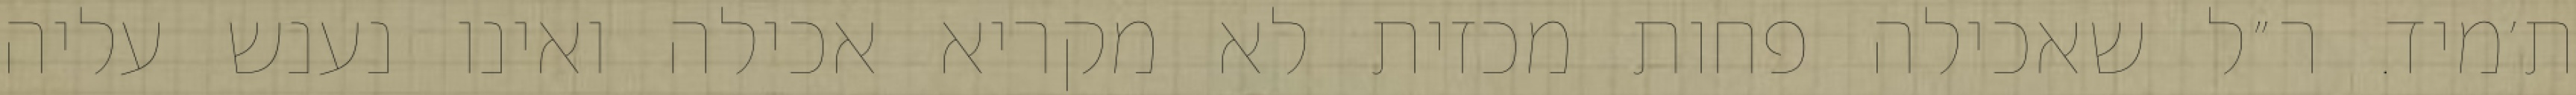
ת׳מיד. ר״ל שאכילה פחות מכזית לא מקריא אכילה ואינו נענש עליה